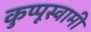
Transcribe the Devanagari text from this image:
कुप्पूस्वामी